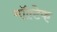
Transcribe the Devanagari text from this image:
मॉल्टेक